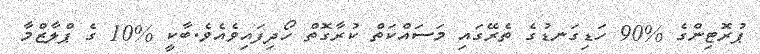
ޕުރޮޓިންގެ %90 ހަޑިގަނޑުގެ ތެރޭގައި މަސައްކަތް ކުރާގޮތް ހޯދިފައިވެއެވެ.ބާކީ %10 ގެ ޕްލާޒްމާ